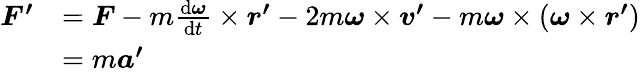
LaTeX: {\begin{array}{rl}{{\boldsymbol{F^{\prime}}}}&{={\boldsymbol{F}}-m{\frac{\mathrm{d}{\boldsymbol{\omega}}}{\mathrm{d}t}}\times{\boldsymbol{r^{\prime}}}-2m{\boldsymbol{\omega}}\times{\boldsymbol{v^{\prime}}}-m{\boldsymbol{\omega}}\times({\boldsymbol{\omega}}\times{\boldsymbol{r^{\prime}}})}\\ &{=m{\boldsymbol{a^{\prime}}}}\end{array}}